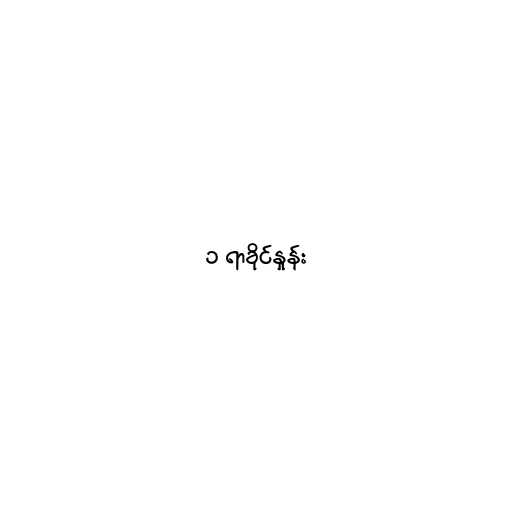
၁ ရာခိုင်နှုန်း